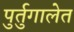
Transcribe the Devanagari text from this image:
पुर्तुगालेत